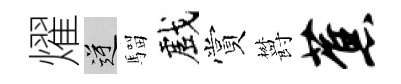
燿逆騮戲賞欝蕉